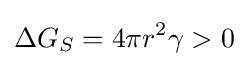
\Delta G_{S}=4\pi r^{2}\gamma >0